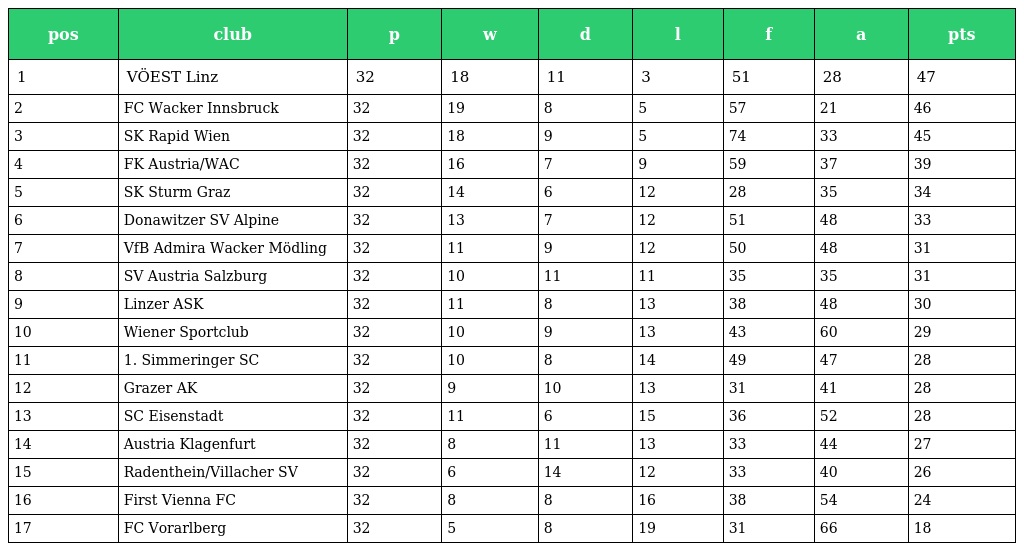
| pos | club | p | w | d | l | f | a | pts |
 | --- | --- | --- | --- | --- | --- | --- | --- | --- |
 | 1 | VÖEST Linz | 32 | 18 | 11 | 3 | 51 | 28 | 47 |
 | 2 | FC Wacker Innsbruck | 32 | 19 | 8 | 5 | 57 | 21 | 46 |
 | 3 | SK Rapid Wien | 32 | 18 | 9 | 5 | 74 | 33 | 45 |
 | 4 | FK Austria/WAC | 32 | 16 | 7 | 9 | 59 | 37 | 39 |
 | 5 | SK Sturm Graz | 32 | 14 | 6 | 12 | 28 | 35 | 34 |
 | 6 | Donawitzer SV Alpine | 32 | 13 | 7 | 12 | 51 | 48 | 33 |
 | 7 | VfB Admira Wacker Mödling | 32 | 11 | 9 | 12 | 50 | 48 | 31 |
 | 8 | SV Austria Salzburg | 32 | 10 | 11 | 11 | 35 | 35 | 31 |
 | 9 | Linzer ASK | 32 | 11 | 8 | 13 | 38 | 48 | 30 |
 | 10 | Wiener Sportclub | 32 | 10 | 9 | 13 | 43 | 60 | 29 |
 | 11 | 1. Simmeringer SC | 32 | 10 | 8 | 14 | 49 | 47 | 28 |
 | 12 | Grazer AK | 32 | 9 | 10 | 13 | 31 | 41 | 28 |
 | 13 | SC Eisenstadt | 32 | 11 | 6 | 15 | 36 | 52 | 28 |
 | 14 | Austria Klagenfurt | 32 | 8 | 11 | 13 | 33 | 44 | 27 |
 | 15 | Radenthein/Villacher SV | 32 | 6 | 14 | 12 | 33 | 40 | 26 |
 | 16 | First Vienna FC | 32 | 8 | 8 | 16 | 38 | 54 | 24 |
 | 17 | FC Vorarlberg | 32 | 5 | 8 | 19 | 31 | 66 | 18 |